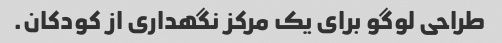
طراحی لوگو برای یک مرکز نگهداری از کودکان.